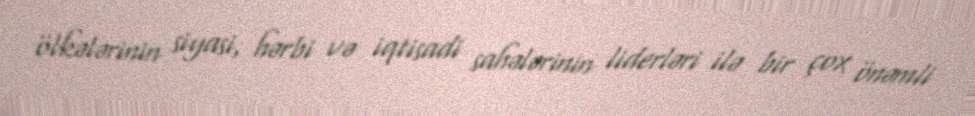
ölkələrinin siyasi, hərbi və iqtisadi sahələrinin liderləri ilə bir çox önəmli